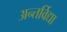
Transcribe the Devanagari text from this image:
अन्तर्विद्या